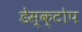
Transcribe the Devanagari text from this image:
डेस्क्टोप